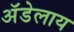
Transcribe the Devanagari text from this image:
अॅडेलाय